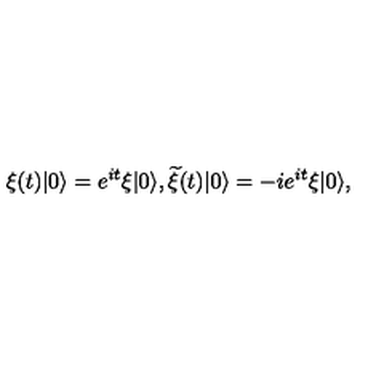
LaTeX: \xi ( t ) | 0 \rangle = e ^ { i t } \xi | 0 \rangle , { \widetilde \xi } ( t ) | 0 \rangle = - i e ^ { i t } \xi | 0 \rangle ,